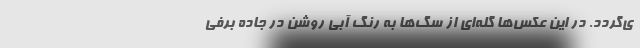
ی‌گردد. در این عکس‌ها گله‌ای از سگ‌ها به رنگ آبی روشن در جاده برفی